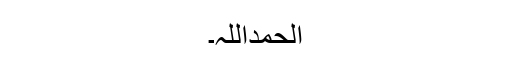
الحمداللہ۔